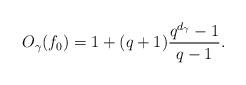
LaTeX: \begin{align*}O_{\gamma}(f_0)= 1+(q+1)\frac{q^{d_\gamma}-1}{q-1}.\end{align*}